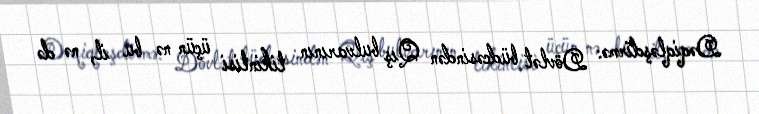
Dəqiqləşdirmə: Dövlət büdcəsindən Qış bulvarının tikintisi üçün nə bu il, nə də